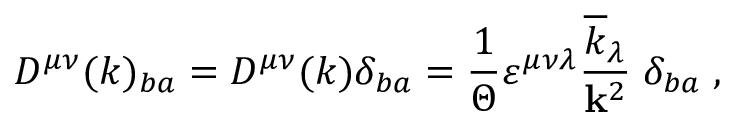
D ^ { \mu \nu } ( k ) _ { b a } = D ^ { \mu \nu } ( k ) \delta _ { b a } = \frac { 1 } { \Theta } \varepsilon ^ { \mu \nu \lambda } \frac { \overline { { { k } } } _ { \lambda } } { { \bf k } ^ { 2 } } \; \delta _ { b a } \; ,